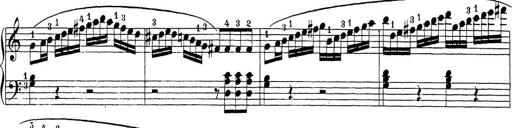
Title: Sonatina Album
Composer: Louis KÃ¶hler